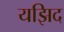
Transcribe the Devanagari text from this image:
यझिद